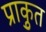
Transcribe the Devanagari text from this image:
प्राकृुत